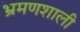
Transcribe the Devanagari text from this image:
भ्रमणशाली